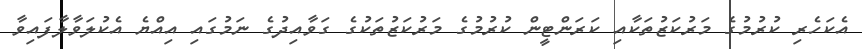
އެކަހެރި ކުރުމުގެ މަރުކަޒުތަކާއި ކަރަންޓީން ކުރުމުގެ މަރުކަޒުތަކުގެ ގަވާއިދުގެ ނަމުގައި އިއްޔެ އެކުލަވާލާފައިވާ